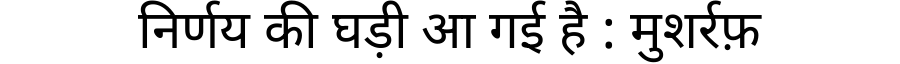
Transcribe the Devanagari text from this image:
निर्णय की घड़ी आ गई है : मुशर्रफ़